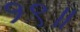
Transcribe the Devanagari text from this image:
१९॥